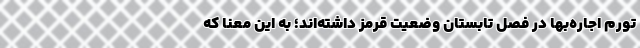
تورم اجاره‌بها در فصل تابستان وضعیت قرمز داشته‌اند؛ به این معنا که